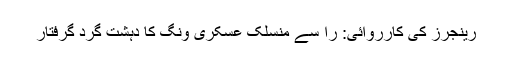
رینجرز کی کارروائی: را سے منسلک عسکری ونگ کا دہشت گرد گرفتار